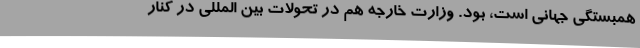
همبستگی جهانی است، بود. وزارت خارجه هم در تحولات بین المللی در کنار